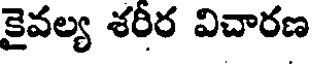
కైవల్య శరీర విచారణ